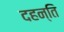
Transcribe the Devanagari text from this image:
दहन्ति